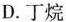
D.丁烷